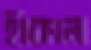
হাঁকাল